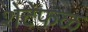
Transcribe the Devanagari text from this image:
शेटेफळ